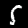
Label: 5